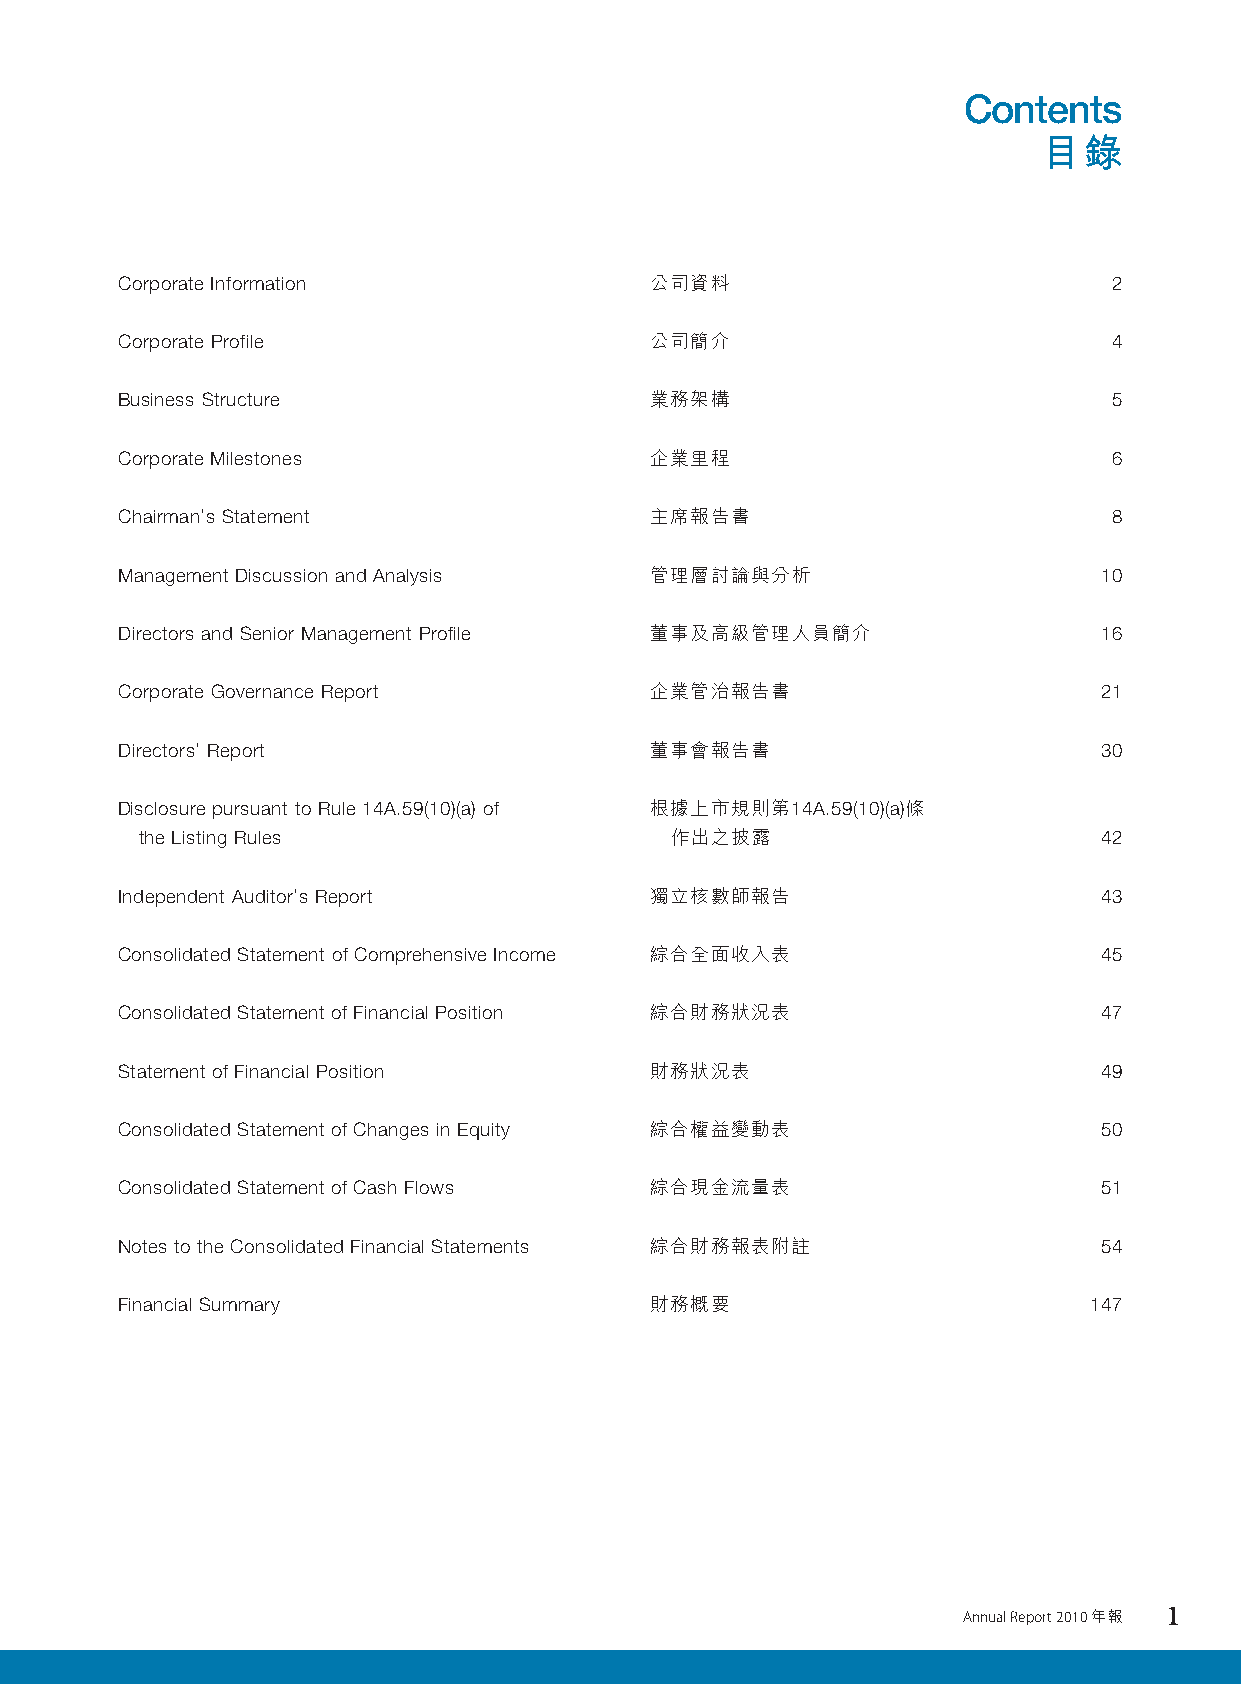
Contents
 目錄
 Contents
 目錄
 Corporate Information              公司資料                           2
 Corporate Profile                  公司簡介                           4
 Business Structure                 業務架構                           5
 Corporate Milestones               企業里程                           6
 Chairman’s Statement               主席報告書                          8
 Management Discussion and Analysis 管理層討論與分析                      10
 Directors and Senior Management Profile 董事及高級管理人員簡介              16
 Corporate Governance Report        企業管治報告書                       21
 Directors’ Report                  董事會報告書                        30
 Disclosure pursuant to Rule 14A.59(10)(a) of 根據上市規則第14A.59(10)(a)條
 the Listing Rules                  作出之披露                        42
 Independent Auditor’s Report       獨立核數師報告                       43
 Consolidated Statement of Comprehensive Income 綜合全面收入表           45
 Consolidated Statement of Financial Position 綜合財務狀況表             47
 Statement of Financial Position    財務狀況表                         49
 Consolidated Statement of Changes in Equity 綜合權益變動表              50
 Consolidated Statement of Cash Flows 綜合現金流量表                     51
 Notes to the Consolidated Financial Statements 綜合財務報表附註          54
 Financial Summary                  財務概要                         147
 Annual Report 2010 年報 1